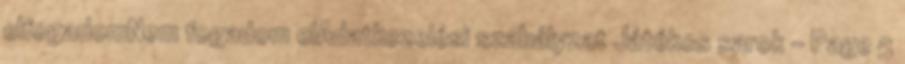
elfogadomNem fogadom elAdatkezelési szabályzat Játékos sarok - Page 5